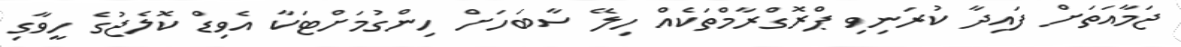
ޖަމާއަތަށް ފައިދާ ކުރަނިވި ޕްރޮގްރާމްތަކެއް ހިލޭ ސާބަހަށް ހިންގުމަށްޓަކާ އެވިޑް ކޮލެޖުގެ ހީވާގި